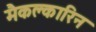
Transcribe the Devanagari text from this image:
मैकक्लारिन